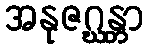
အနုဇဂ္ဃန္တာ